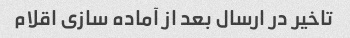
تاخیر در ارسال بعد از آماده سازی اقلام